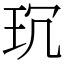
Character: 𤤌